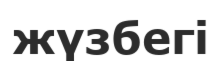
жүзбегі